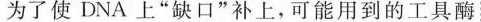
为了使DNA上”缺口”补上，可能用到的工具酶